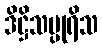
ဒိဋ္ဌိသပ္ပုရိသ